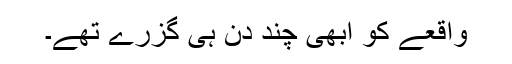
واقعے کو ابھی چند دن ہی گزرے تھے۔